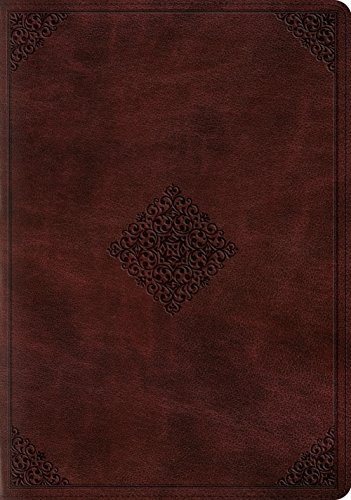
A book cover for ESV Study Bible (TruTone, Mahogany, Ornament Design); ESV Bibles by Crossway; Christian Books & Bibles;